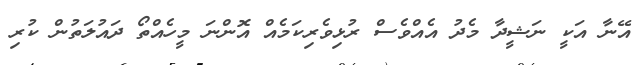
އޭނާ އަކީ ނަޝީދާ މެދު އެއްވެސް ރުޅިވެރިކަމެއް އޮންނަ މީހެއްތޯ ދައުލަތުން ކުރި